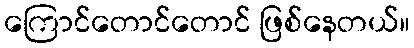
ကြောင်တောင်တောင် ဖြစ်နေတယ်။